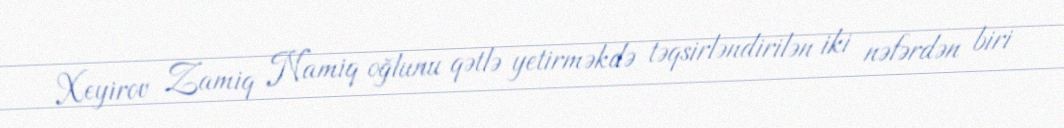
Xeyirov Zamiq Namiq oğlunu qətlə yetirməkdə təqsirləndirilən iki nəfərdən biri